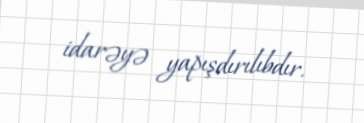
idarəyə yapışdırılıbdır.